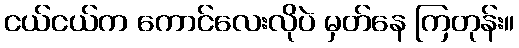
ငယ်ငယ်က ကောင်လေးလိုပဲ မှတ်နေ ကြတုန်း။